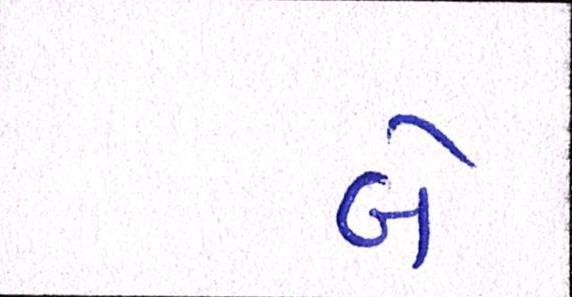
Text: બે